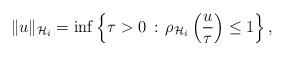
LaTeX: \begin{align*}\|u\|_{\mathcal{H}_i} = \inf \left \{ \tau >0 \,:\, \rho_{\mathcal{H}_i}\left(\frac{u}{\tau}\right) \leq 1 \right \},\end{align*}